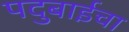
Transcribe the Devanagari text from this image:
पदुबाईचा